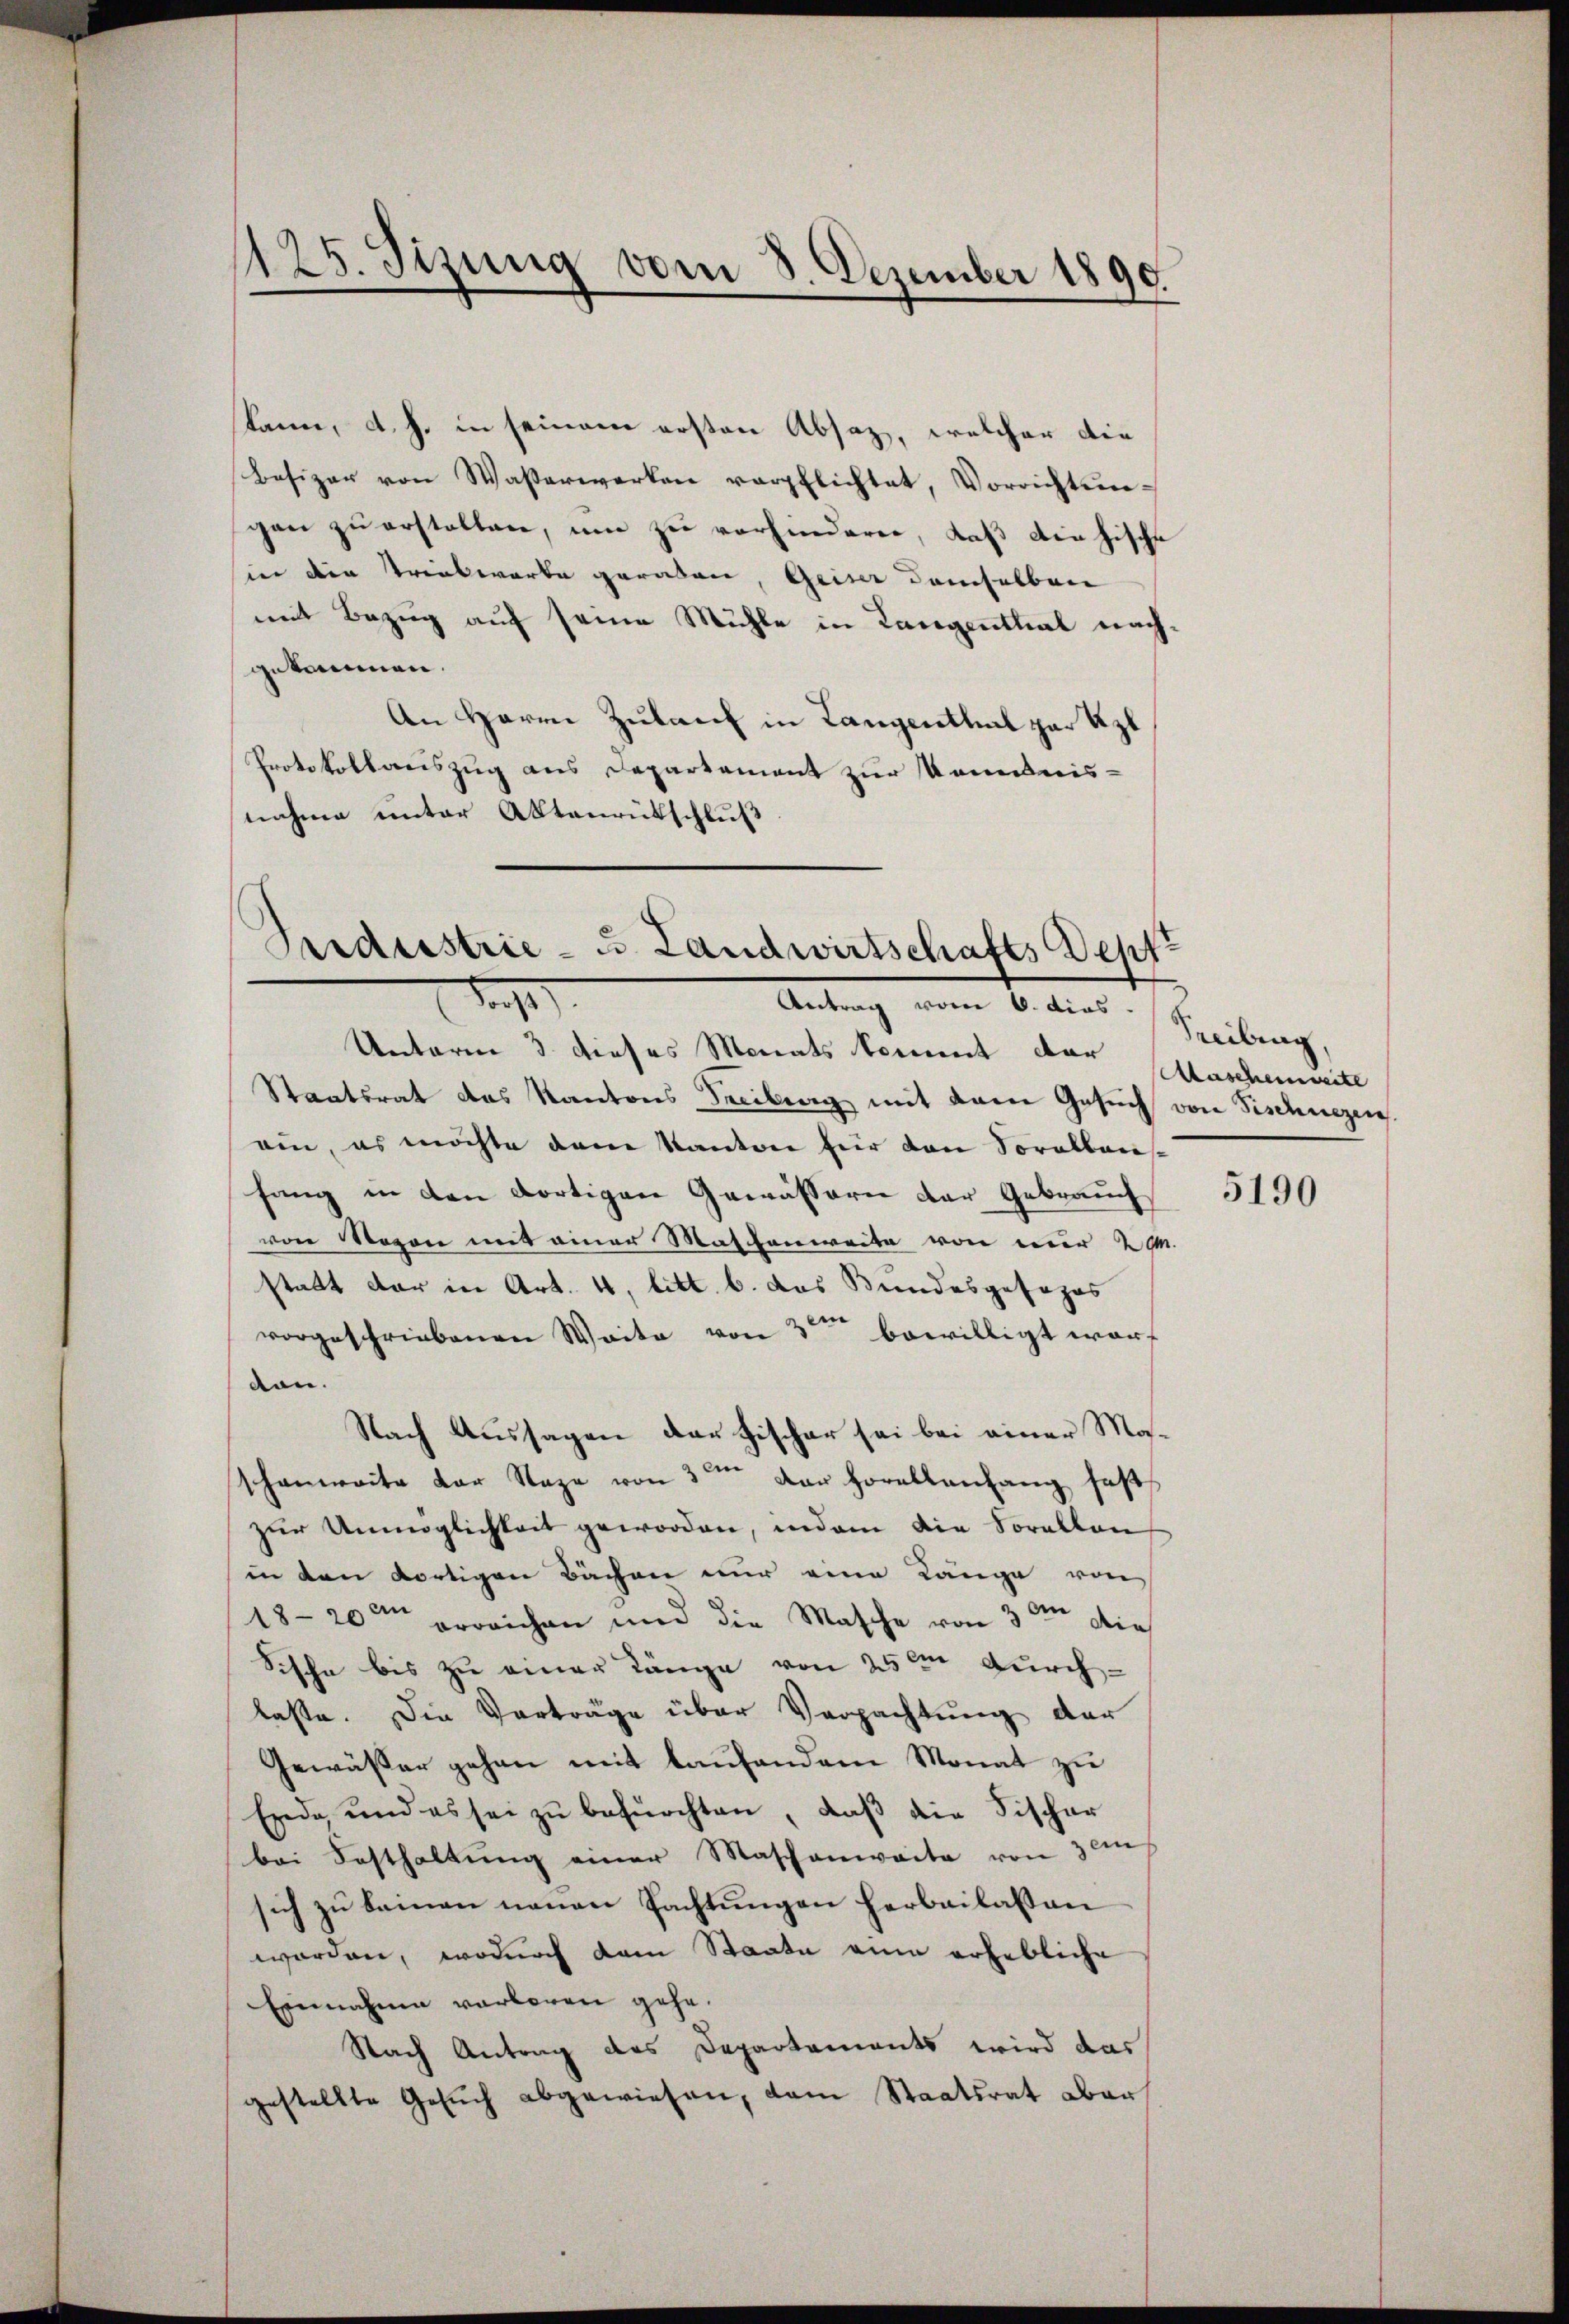
125. Sizung vom 8. Dezember 1890.

kann, d. h. in seinem ersten Absaz, welcher die
Besizer von Wasserwerken verpflichtet, Vorrichtungan zu erstalten, um zu vorhinderen, daß die hische
sie den Triebwarte geraden, Geiser demselben
mit Bezug auf seine Mühle in Langenthal nachgekommen.
An Herrn Zulauf in Langenthal zur Uzl
Protokollariszug aus Departement zur kommnis-
nahme unter Aktenrütschluß

Priderstrie- u. Landwirtschafts Septe
. 91.
Antrag vom 6. dies

Unterm 3. dieses Monats kommt dar
Staatsrat das Kantons Treiberg mit dem Gesuch von Fischnezen.
ein, es möchte dem Kanton für den Soralbaufang in den dortigen Gewässern der Gebrauch
von Magen mit einer Maschenweite von nur 20.
statt dar in Art. 4, litt. b. das Bundesgesopos
vorgeschriebenen Weite von 3ten bewilligt warf
von.
Nach Aussagen der Fischer sei bei einer Maschenweite der Naze von 3ten der Horallenfang fass
zŭr Unmöglichkeit geworden, indem die Sorallen
in den dortigen Bächen nur eine Länge von
18-20t provichen und die Masche von 3 an die
Fische bis zu einer Länge von 25 tn durchlasse. Die Vorträge über Verpachtung der
Gewässer gehen mit laufendem Monat zu
Erde und es sei zu befürchten, daß die Fischer
bei Festhaltung einer Maschenwarte von 3 an
sich zu keinen neuen Pachtungen herbeilassen
worden, wodurch dem Staate ain erhebliche
Einnahme vorberen gehe.
Nach Antrag des Departements wird das
gestellte Gesŭch abgewiesen, dem Staatsrat aber

Freibung
Aascheinweite

5190